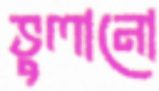
ভুলানো